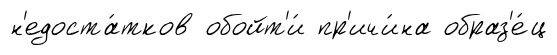
н'едоста́тков обойт'и́ пр'ичи́на образ'е́ц